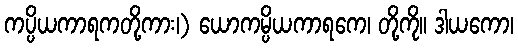
ကပ္ပိယကာရကတို့ကား၊) ယောကမ္ပိယကာရကေ၊ တို့ကို။ ဒါယကော၊